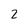
Character: 2